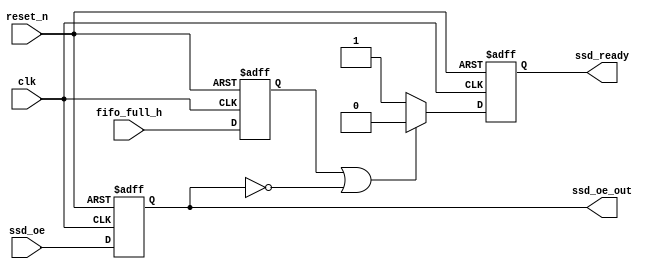
module SSDReadyCon(
						input clk,
						input reset_n,
						
						input fifo_full_h,
						input ssd_oe,
						
						output reg ssd_ready,
						output reg ssd_oe_out
);
	reg fifo_full_h_reg;
	
	always @ (posedge clk or negedge reset_n)
	begin
		if (!reset_n)
		begin
			fifo_full_h_reg <= 1'b0;
			ssd_oe_out <= 1'b0;
		end
		else
		begin
			fifo_full_h_reg <= fifo_full_h;
			ssd_oe_out <= ssd_oe;
		end
	end 
	
	parameter [10 : 0] max_num = 11'd1000;
	always @ (posedge clk or negedge reset_n)
	begin
		if (!reset_n)
			ssd_ready <= 1'b0;
		else if ((fifo_full_h_reg)||(!ssd_oe_out))
			ssd_ready <= 1'b0;
		else
			ssd_ready <= 1'b1;
	end 
	
endmodule